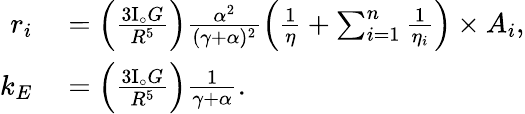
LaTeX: \begin{array}{rl}{r_{i}}&{{}=\left(\frac{3\mathrm{I}_{\circ}G}{R^{5}}\right)\frac{\alpha^{2}}{(\gamma+\alpha)^{2}}\left(\frac{1}{\eta}+\sum_{i=1}^{n}\frac{1}{\eta_{i}}\right)\times A_{i},}\\ {k_{E}}&{{}=\left(\frac{3\mathrm{I}_{\circ}G}{R^{5}}\right)\frac{1}{\gamma+\alpha}.}\end{array}